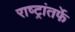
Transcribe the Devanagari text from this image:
राष्ट्रांतर्फे